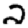
Digit: 2